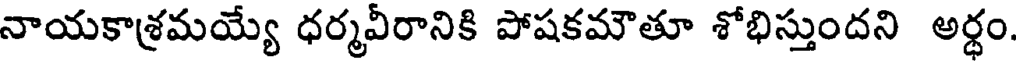
నాయకాశ్రమయ్యే ధర్మవీరానికి పోషకమౌతూ శోభిస్తుందని అర్థం.